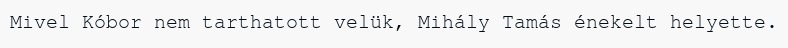
Mivel Kóbor nem tarthatott velük, Mihály Tamás énekelt helyette.